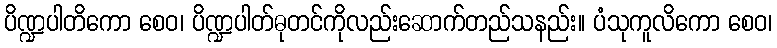
ပိဏ္ဍပါတိကော စေဝ၊ ပိဏ္ဍပါတ်ဓုတင်ကိုလည်းဆောက်တည်သနည်း။ ပံသုကူလိကော စေဝ၊